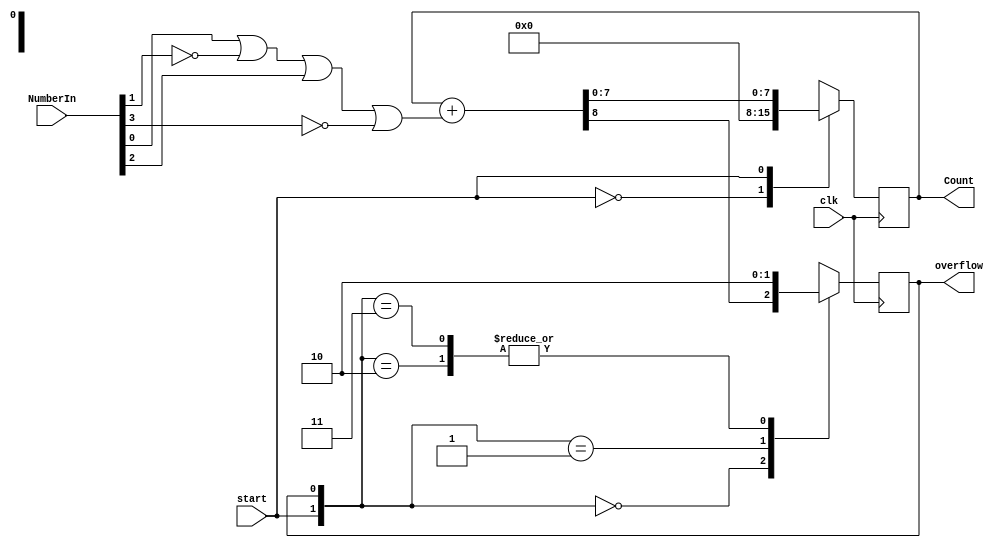
`timescale 1ns / 1ps
//////////////////////////////////////////////////////////////////////////////////
// Company: 
// Engineer: 
// 
// Design Name: 
// Module Name:    Q4 
// Project Name: 
// Target Devices: 
// Tool versions: 
// Description: 
//
// Dependencies: 
//
// Revision: 
// Revision 0.01 - File Created
// Additional Comments: 
//
//////////////////////////////////////////////////////////////////////////////////
module Q4(
	input start,clk,
	input [3:0] NumberIn,
	output reg [7:0] Count,
	output reg overflow
    );
	 
initial begin
	overflow <= 1'b1;
end
 
//// OR part /////
wire or_result;
or (or_result, NumberIn[0], ~NumberIn[1], NumberIn[2], ~NumberIn[3]);

//// SUM ////
wire [8:0] add_value; // 9 bit --> 1 bit for cout
assign add_value = Count + {8'h0, or_result};

//// Bottom MUX ////
wire cout;
assign cout = add_value[8];
reg mux_out_b;
always @(start, overflow, cout)
begin
	case({start,overflow})
			2'b00 : mux_out_b = cout;
			2'b01 : mux_out_b = 1'b1;
			2'b10 : mux_out_b = 1'b0;
			2'b11 : mux_out_b = 1'b0;
	endcase
end

//// Up MUX ///
reg [7:0] mux_out_u;
always @(start,add_value[7:0])
begin
	case(start)
			1'b0 : mux_out_u = 8'b0000_0000;
			1'b1 : mux_out_u = add_value[7:0];
	endcase
end

//// D Flip Flops ////

always @(posedge clk)
begin
	Count <= mux_out_u;
end


always @(posedge clk)
begin
	overflow <= mux_out_b;
end

endmodule